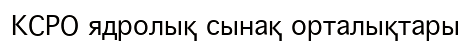
КСРО ядролық сынақ орталықтары